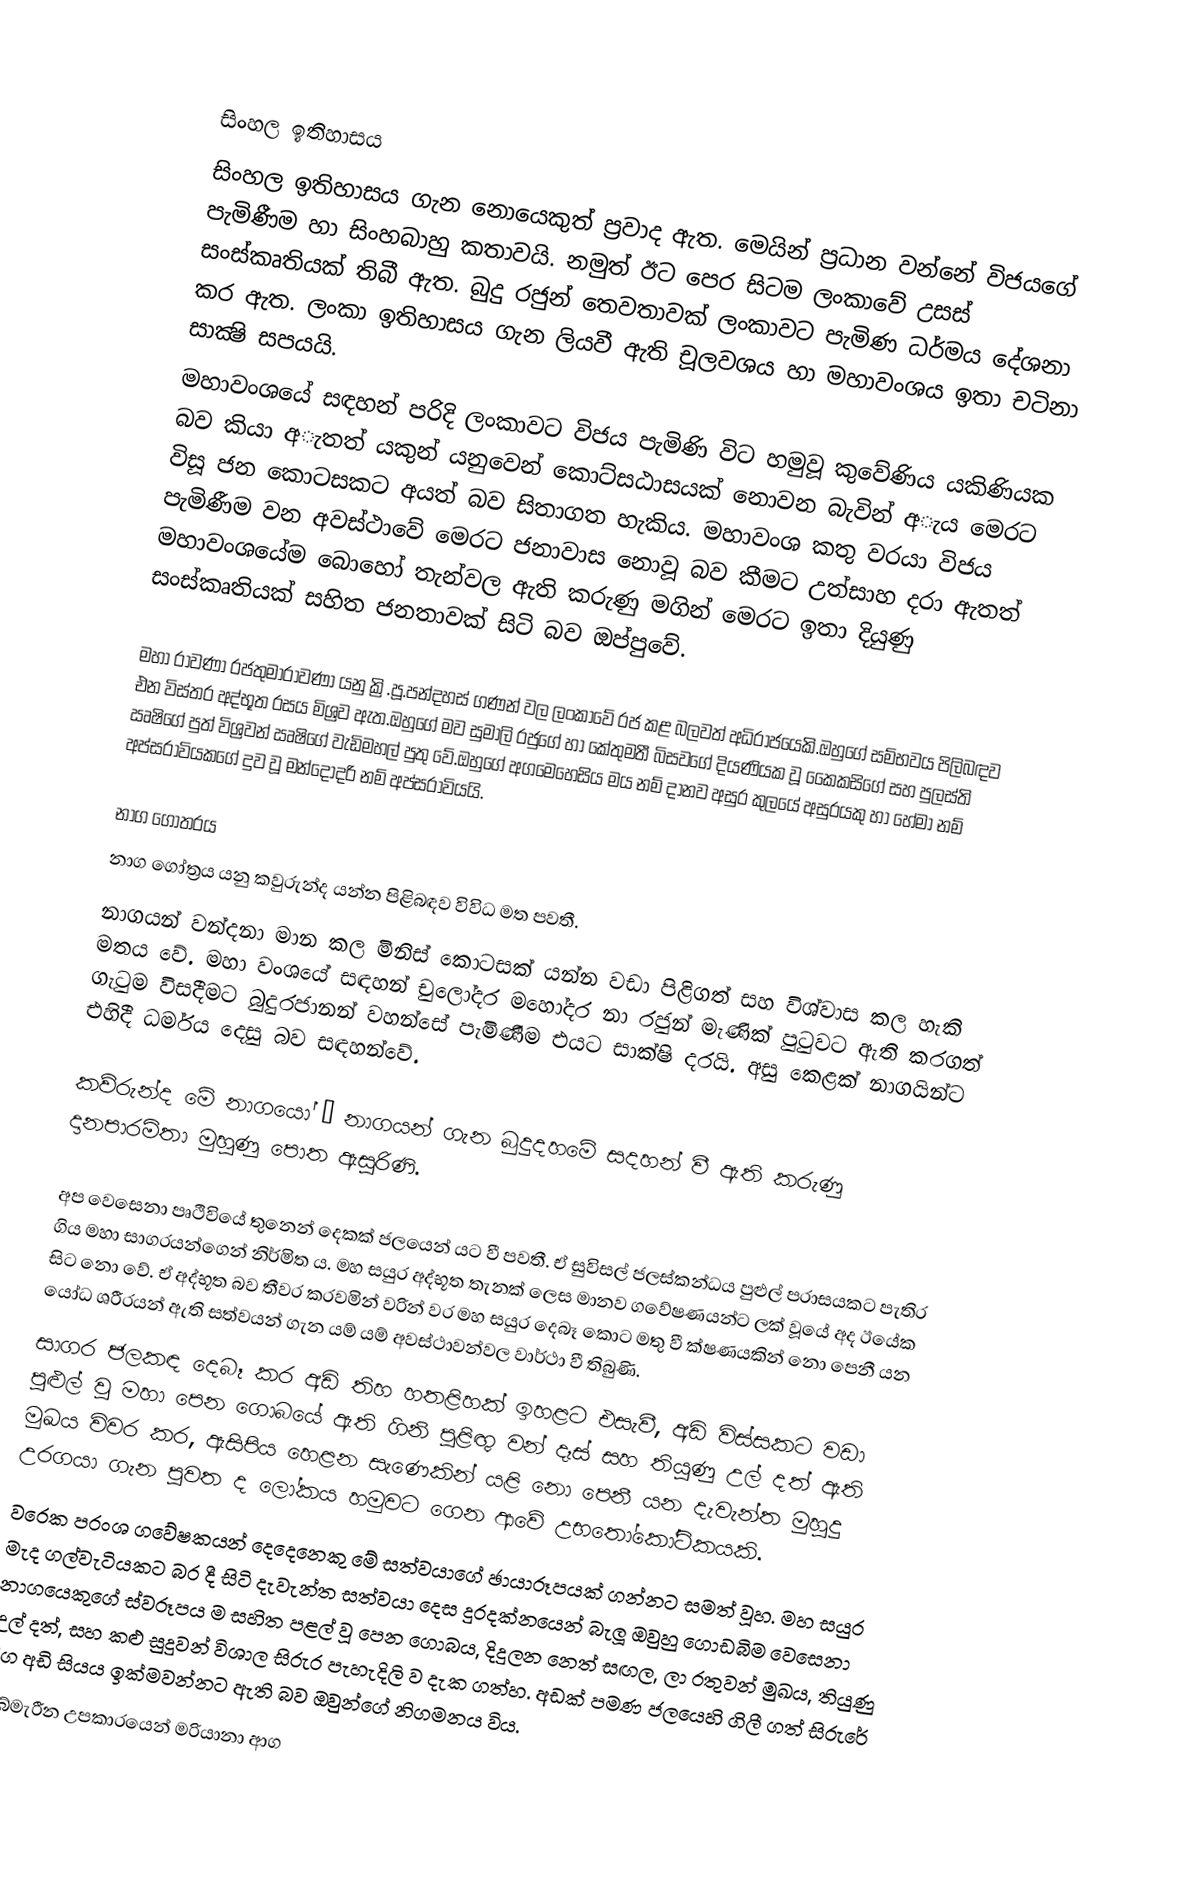

සිංහල ඉතිහාසය
සිංහල ඉතිහාසය ගැන නොයෙකුත් ප්‍රවාද ඇත. මෙයින් ප්‍රධාන වන්නේ විජයගේ පැමිණීම හා සිංහබාහු කතාවයි. නමුත් ඊට පෙර සිටම ලංකාවේ උසස් සංස්කෘතියක් තිබී ඇත. බුදු රජුන් තෙවතාවක් ලංකාවට පැමිණ ධර්මය දේශනා කර ඇත. ලංකා ඉතිහාසය ගැන ලියවී ඇති චූලවශය හා මහාවංශය ඉතා චටිනා සාක්‍ෂි සපයයි.
     මහාවංශයේ සඳහන් පරිදි ලංකාවට විජය පැමිණි විට හමුවූ කුවේණිය යකිණියක බව කියා අැතත් යකුන් යනුවෙන් කොට්සඨාසයක් නොවන බැවින් අැය මෙරට විසූ ජන කොටසකට අයත් බව සිතාගත හැකිය. මහාවංශ කතු වරයා විජය පැමිණීම වන අවස්ථාවේ මෙරට ජනාවාස නොවූ බව කීමට උත්සාහ දරා ඇතත් මහාවංශයේම බොහෝ තැන්වල ඇති කරුණු මගින් මෙරට ඉතා දියුණු සංස්කෘතියක් සහිත ජනතාවක් සිටි බව ඔප්පුවේ.

මහා රාවණා රජතුමාරාවණා යනු ක්‍රි.පූ.පන්දහස් ගණන් වල ලංකාවේ රජ කළ බලවත් අධිරාජයෙකි.ඔහුගේ සම්භවය පිලිබඳව එන විස්තර අද්භූත රසය මිශ්‍රව ඇත.ඔහුගේ මව සුමාලි රජුගේ හා කේතුමතී බිසවගේ දියණියක වූ කෛකසිගේ සහ පුලස්ති ඍෂිගේ පුත් විශ්‍රවන් ඍෂිගේ වැඩිමහල් පුතු වේ.ඔහුගේ අගමෙහෙසිය මය නම් දානව අසුර කුලයේ අසුරයකු හා හේමා නම් අප්සරාවියකගේ දුව වූ මන්දෝදරි නම් අප්සරාවියයි.

නාග ගෝත‍්‍රය
නාග ගෝත්‍රය යනු කවුරුන්ද යන්න පිළිබඳව විවිධ මත පවතී.
නාගයන් වන්දනා මාන කල මිනිස් කොටසක් යන්න වඩා පිළිගත් සහ විශ්වාස කල හැකි මතය වේ. මහා වංශයේ සඳහන් චුලෝදර මහෝදර නා රජුන් මැණික් පුටුවට ඇති කරගත් ගැටුම විසදීමට බුදුරජානන් වහන්සේ පැමිණීම එයට සාක්ෂි දරයි. අසු කෙළක් නාගයින්ට එහිදී ධර්මය දෙසු බව සඳහන්වේ.

කව්රුන්ද මේ නාගයෝ – නාගයන් ගැන බුදුදහමේ සදහන් වී ඇති කරුණු          දානපාරමිතා මුහුණු පොත ඇසුරිණි.

අප වෙසෙනා පෘථිවියේ තුනෙන් දෙකක් ජලයෙන් යට වී පවතී. ඒ සුවිසල් ජලස්කන්ධය පුළුල් පරාසයකට පැතිර ගිය මහා සාගරයන්ගෙන් නිර්මිත ය. මහ සයුර අද්භූත තැනක් ලෙස මානව ගවේෂණයන්ට ලක් වූයේ අද ඊයේක සිට නො වේ. ඒ අද්භූත බව තීව‍්‍ර කරවමින් වරින් වර මහ සයුර දෙබෑ කොට මතු වී ක්ෂණයකින් නො පෙනී යන යෝධ ශරීරයන් ඇති සත්වයන් ගැන යම් යම් අවස්ථාවන්වල වාර්ථා වී තිබුණි.
සාගර ජලකඳ දෙබෑ කර අඩි තිහ හතළිහක් ඉහළට එසැවී, අඩි විස්සකට වඩා පුළුල් වූ මහා පෙන ගොබයේ ඇති ගිනි පුළිඟු වන් දෑස් සහ තියුණු උල් දත් ඇති මුඛය විවර කර, ඇසිපිය හෙළන සැණෙකින් යළි නො පෙනී යන දැවැන්ත මුහුදු උරගයා ගැන පුවත ද ලෝකය හමුවට ගෙන ආවේ උභතෝකෝටිකයකි.
වරෙක ප‍්‍රංශ ගවේෂකයන් දෙදෙනෙකු මේ සත්වයාගේ ඡායාරූපයක් ගන්නට සමත් වූහ. මහ සයුර මැද ගල්වැටියකට බර දී සිටි දැවැන්ත සත්වයා දෙස දුරදක්නයෙන් බැලූ ඔවුහු ගොඩබිම වෙසෙනා නාගයෙකුගේ ස්වරූපය ම සහිත පළල් වූ පෙන ගොබය, දිදුලන නෙත් සඟල, ලා රතුවන් මුඛය, තියුණු උල් දත්, සහ කළු සුදුවන් විශාල සිරුර පැහැදිලි ව දැක ගත්හ. අඩක් පමණ ජලයෙහි ගිලී ගත් සිරුරේ දිග අඩි සියය ඉක්මවන්නට ඇති බව ඔවුන්ගේ නිගමනය විය.
සබ්මැරීන උපකාරයෙන් මරියානා ආග